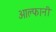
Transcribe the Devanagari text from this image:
आल्फानी